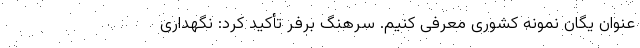
عنوان یگان نمونه کشوری معرفی کنیم. سرهنگ برفر تأکید کرد: نگهداری